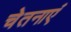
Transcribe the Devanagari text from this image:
चेतनाएं